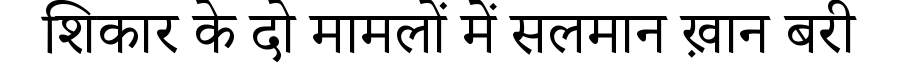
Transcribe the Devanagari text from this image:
शिकार के दो मामलों में सलमान ख़ान बरी